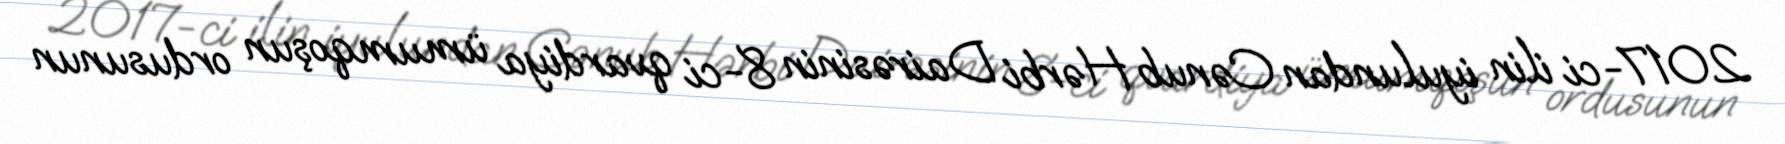
2017-ci ilin iyulundan Cənub Hərbi Dairəsinin 8-ci qvardiya ümumqoşun ordusunun